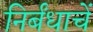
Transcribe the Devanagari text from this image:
निर्बंधाचें